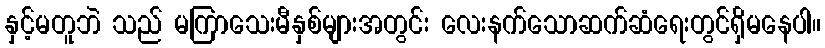
နှင့်မတူဘဲ သည် မကြာသေးမီနှစ်များအတွင်း လေးနက်သောဆက်ဆံရေးတွင်ရှိမနေပါ။